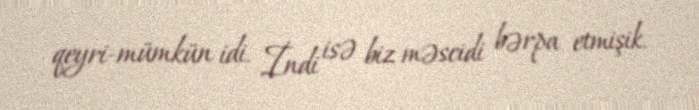
qeyri-mümkün idi. İndi isə biz məscidi bərpa etmişik.